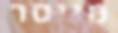
מייסר